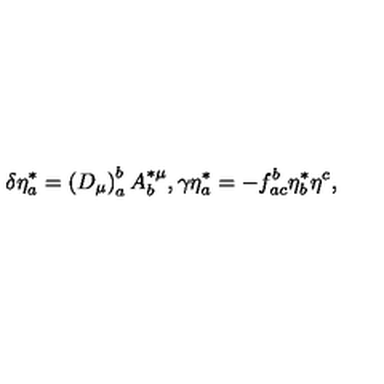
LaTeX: \delta \eta _ { a } ^ { * } = \left( D _ { \mu } \right) _ { a } ^ { b } A _ { b } ^ { * \mu } , \gamma \eta _ { a } ^ { * } = - f _ { a c } ^ { b } \eta _ { b } ^ { * } \eta ^ { c } ,